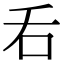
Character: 𠮮